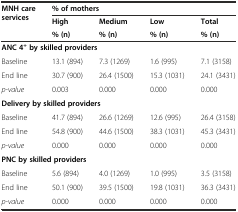
<table><thead><tr><td rowspan="3"><b>MNH care services</b></td><td colspan="4"><b>% of mothers</b></td></tr><tr><td><b>High</b></td><td><b>Medium</b></td><td><b>Low</b></td><td><b>Total</b></td></tr><tr><td><b>% (n)</b></td><td><b>% (n)</b></td><td><b>% (n)</b></td><td><b>% (n)</b></td></tr></thead><tbody><tr><td colspan="5"><b>ANC 4</b><sup><b>+</b></sup><b>by skilled providers</b></td></tr><tr><td>Baseline</td><td>13.1 (894)</td><td>7.3 (1269)</td><td>1.6 (995)</td><td>7.1 (3158)</td></tr><tr><td>End line</td><td>30.7 (900)</td><td>26.4 (1500)</td><td>15.3 (1031)</td><td>24.1 (3431)</td></tr><tr><td><i>p-value</i></td><td>0.003</td><td>0.000</td><td>0.000</td><td>0.000</td></tr><tr><td colspan="5"><b>Delivery by skilled providers</b></td></tr><tr><td>Baseline</td><td>41.7 (894)</td><td>26.6 (1269)</td><td>12.6 (995)</td><td>26.4 (3158)</td></tr><tr><td>End line</td><td>54.8 (900)</td><td>44.6 (1500)</td><td>38.3 (1031)</td><td>45.3 (3431)</td></tr><tr><td><i>p-value</i></td><td>0.000</td><td>0.000</td><td>0.000</td><td>0.000</td></tr><tr><td colspan="5"><b>PNC by skilled providers</b></td></tr><tr><td>Baseline</td><td>5.6 (894)</td><td>4.0 (1269)</td><td>1.0 (995)</td><td>3.5 (3158)</td></tr><tr><td>End line</td><td>50.1 (900)</td><td>39.5 (1500)</td><td>19.8 (1031)</td><td>36.3 (3431)</td></tr><tr><td><i>p-value</i></td><td>0.000</td><td>0.000</td><td>0.000</td><td>0.000</td></tr></tbody></table>